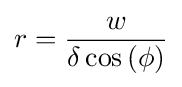
r={\frac {w}{\delta \cos \left(\phi \right)}}